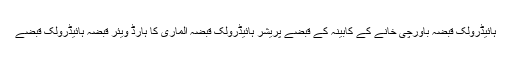
ہائیڈرولک قبضہ باورچی خانے کے کابینہ کے قبضے پریشر ہائیڈرولک قبضہ الماری کا ہارڈ ویئر قبضہ ہائیڈرولک قبضے